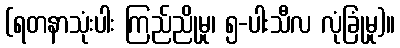
(ရတနာသုံးပါး ကြည်ညိုမှု၊ ၅-ပါးသီလ လုံခြုံမှု)။